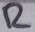
Text: R